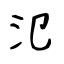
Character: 氾